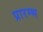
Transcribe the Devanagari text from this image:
प्रारम्भ